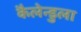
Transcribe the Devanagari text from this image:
कैलेन्डुला